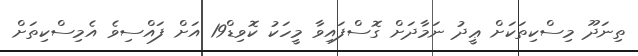
ތިނަދޫ މިސްކިތަކަށް ޢީދު ނަމާދަށް ގޮސްފައިވާ މީހަކު ކޮވިޑް19 އަށް ފައްސިވެ އެމިސްކިތަށް